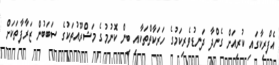
އެފްރިކާގައި ކުރިއަށް ގެންދާ ދަނޑުވެރިކަމުގެ ހަރަކާތްތަކާއި ބިން ކޮނުމުގެ މަޝްރޫއުތަކުގެ ސަބަބުން ޒަރާފާތަކަށް